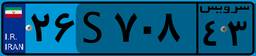
۲۶S۷۰۸۴۳